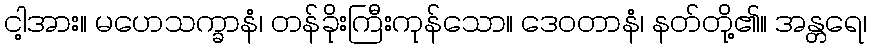
ငါ့အား။ မဟေသက္ခာနံ၊ တန်ခိုးကြီးကုန်သော။ ဒေဝတာနံ၊ နတ်တို့၏။ အန္တရေ၊